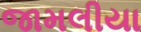
જામલીયા